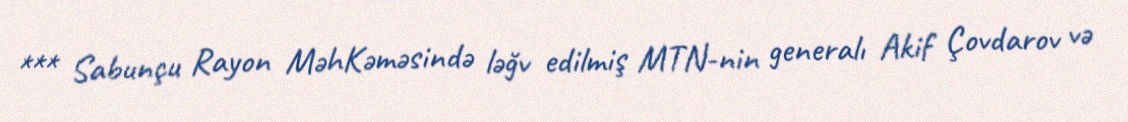
*** Sabunçu Rayon MəhKəməsində ləğv edilmiş MTN-nin generalı Akif Çovdarov və